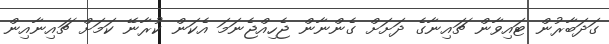
ގަދަބާރުން ޓައިވާން ޗައިނާގެ ދަށަށް ގެންނާން ޖެހިއްޖެނަމަ އެކަން ކުރާނޭ ކަމަށް ޗައިނާއިން